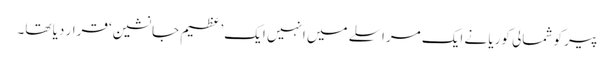
پیر کو شمالی کوریا نے ایک مراسلے میں انہیں ایک ’عظیم جانشین‘ قرار دیا تھا۔